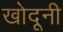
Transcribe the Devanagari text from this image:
खोदूनी